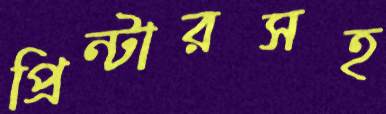
প্রিন্টারসহ